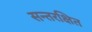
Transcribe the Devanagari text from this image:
सन्तरक्षित